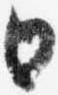
日